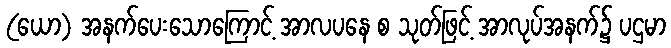
(ယော) အနက်ပေးသောကြောင့် အာလပနေ စ သုတ်ဖြင့် အာလုပ်အနက်၌ ပဌမာ